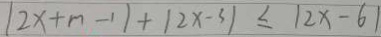
\vert 2 x + m - 1 \vert + \vert 2 x - 3 \vert \leq \vert 2 x - 6 \vert